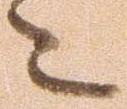
々